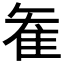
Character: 𮥶